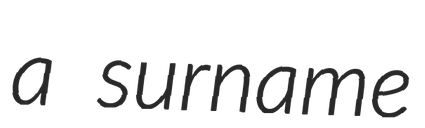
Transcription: a surname